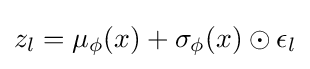
z_{l}=\mu _{\phi }(x)+\sigma _{\phi }(x)\odot \epsilon _{l}